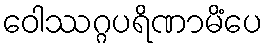
ဝေါဿဂ္ဂပရိဏာမိံပေ